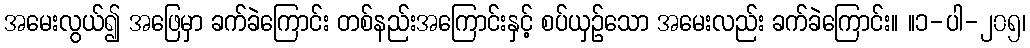
အမေးလွယ်၍ အဖြေမှာ ခက်ခဲကြောင်း တစ်နည်းအကြောင်းနှင့် စပ်ယှဉ်သော အမေးလည်း ခက်ခဲကြောင်း။ ။၁-ပါ-၂၀၅၊